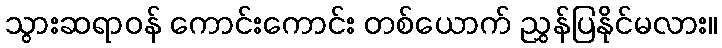
သွားဆရာဝန် ကောင်းကောင်း တစ်ယောက် ညွှန်ပြနိုင်မလား။